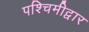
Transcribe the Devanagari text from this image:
पश्चिमीद्वार